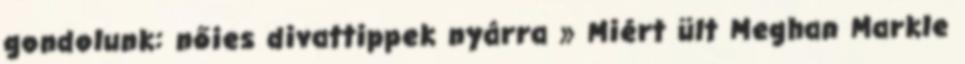
gondolunk: nőies divattippek nyárra » Miért ült Meghan Markle